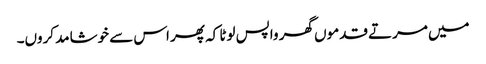
میں مرتے قدموں گھر واپس لوٹا کہ پھر اس سے خوشامد کروں۔